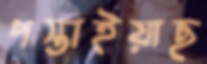
পস্তাইয়াছ